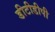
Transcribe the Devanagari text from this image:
डीटीडीपी